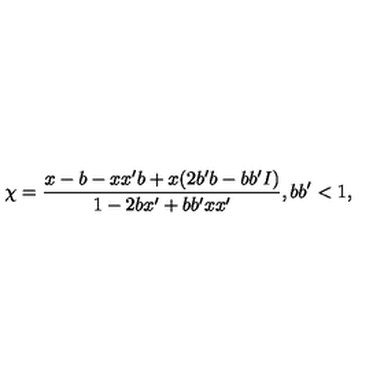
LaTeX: \chi = \frac { x - b - x x ^ { \prime } b + x ( 2 b ^ { \prime } b - b b ^ { \prime } I ) } { 1 - 2 b x ^ { \prime } + b b ^ { \prime } x x ^ { \prime } } , b b ^ { \prime } < 1 ,